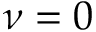
\nu = 0